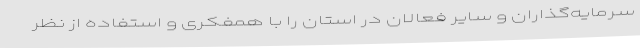
سرمایه‌گذاران و سایر فعالان در استان را با همفکری و استفاده از نظر